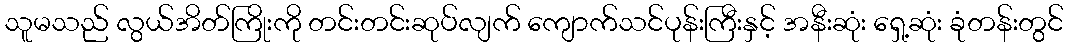
သူမသည် လွယ်အိတ်ကြိုးကို တင်းတင်းဆုပ်လျက် ကျောက်သင်ပုန်းကြီးနှင့် အနီးဆုံး ရှေ့ဆုံး ခုံတန်းတွင်